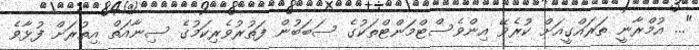
"... އުމްރާނީ ތަރައްގީއަށް ކުރެވޭ އިންވެސްޓްމަންޓްތަކުގެ ސަބަބުން ފަތުރުވެރިކަމުގެ ސިނާއަތް އިތުރަށް ފުޅާވެ